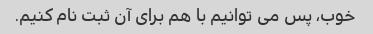
خوب، پس می توانیم با هم برای آن ثبت نام کنیم.